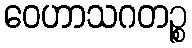
ဝေဟာသဂတဉ္စ